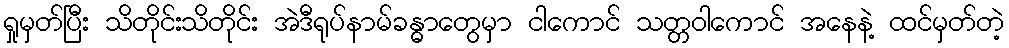
ရှုမှတ်ပြီး သိတိုင်းသိတိုင်း အဲဒီရုပ်နာမ်ခန္ဓာတွေမှာ ငါကောင် သတ္တဝါကောင် အနေနဲ့ ထင်မှတ်တဲ့